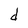
Character: d